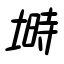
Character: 塒